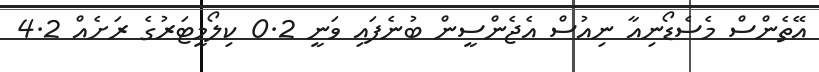
އޭތެންސް މެސެޑޯނިއާ ނިއުސް އެޖެންސީން ބުނެފައި ވަނީ 0.2 ކިލޯމީޓަރުގެ ރަށެއް 4.2